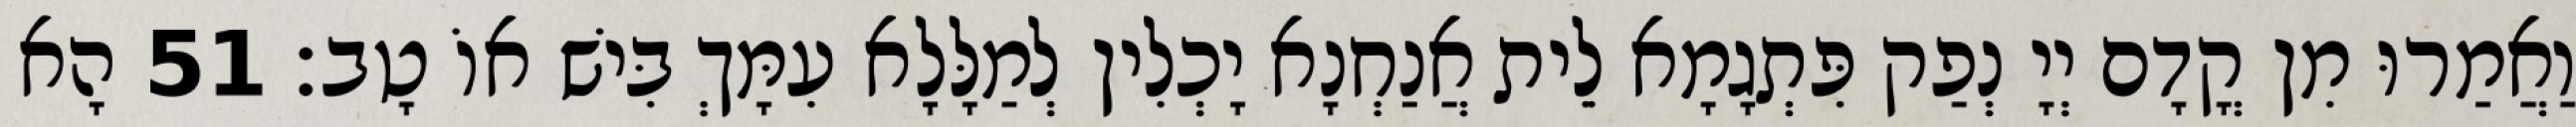
וַאֲמַרוּ מִן קֳדָם יְיָ נְפַק פִּתְגָמָא לֵית אֲנַחְנָא יָכְלִין לְמַלָּלָא עִמָּךְ בִּישׁ אוֹ טָב׃ 51 הָא